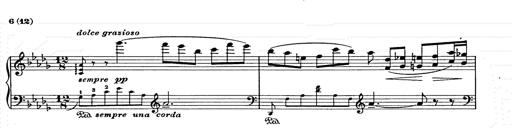
Title: Berceuse
Composer: Lucien Wurmser
Key: A major